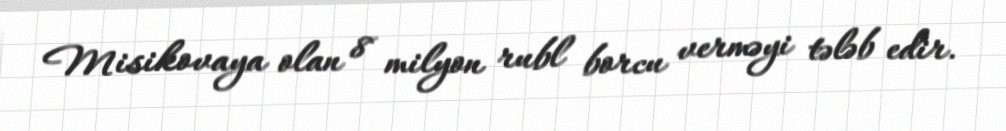
Misikovaya olan 8 milyon rubl borcu verməyi tələb edir.